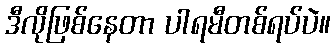
ဒီလိုဖြစ်နေတာ ပါရမီတစ်ရပ်ပဲ။